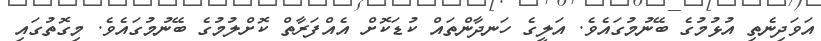
އަވަދިނެތި އުޅުމުގެ ބޭނުމުގައެވެ. އަލީގެ ހަނދާންތައް ކުޑަކޮށް އެއްފަރާތް ކޮށްލުމުގެ ބޭނުމުގައެވެ. މިގޮތުގައި